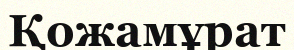
Қожамұрат